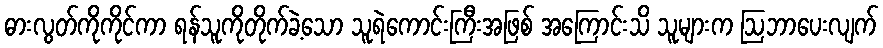
ဓားလွတ်ကိုကိုင်ကာ ရန်သူကိုတိုက်ခဲ့သော သူရဲကောင်းကြီးအဖြစ် အကြောင်းသိ သူများက ဩဘာပေးလျက်